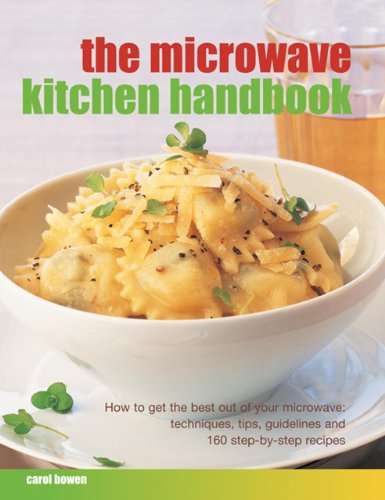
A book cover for Microwave Kitchen Handbook: How To Get The Best Out Of Your Microwave: Techniques, Tips, Guidelines And 160 Step-By-Step recipes; Carol Bowen; Cookbooks, Food & Wine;